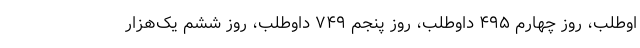
اوطلب، روز چهارم ۴۹۵ داوطلب، روز پنجم ۷۴۹ داوطلب، روز ششم یک‌هزار